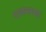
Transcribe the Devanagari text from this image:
रायनच्या